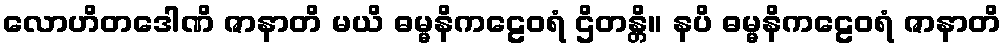
လောဟိတဒေါဏိ ဇာနာတိ မယိ ဓမ္မနိကဠေဝရံ ဌိတန္တိ။ နပိ ဓမ္မနိကဠေဝရံ ဇာနာတိ